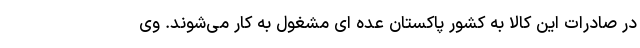
در صادرات این کالا به کشور پاکستان عده ای مشغول به کار می‌شوند. وی